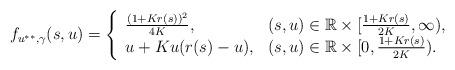
LaTeX: \begin{align*}f_{u^{**},\gamma}(s,u)=\left\{\begin{array}{ll}\frac{(1+Kr(s))^2}{4K}, & (s,u)\in \mathbb{R}\times [\frac{1+Kr(s)}{2K},\infty),\\u+K u(r( s)-u), & (s,u)\in \mathbb{R}\times [0,\frac{1+Kr(s)}{2K}).\end {array}\right.\end{align*}